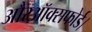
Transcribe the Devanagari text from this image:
औरऑक्सफोर्ड।